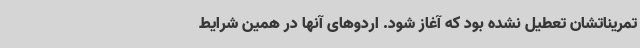
تمریناتشان تعطیل نشده بود که آغاز شود. اردوهای آنها در همین شرایط